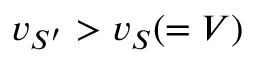
v _ { S ^ { \prime } } > v _ { S } ( = V )